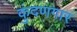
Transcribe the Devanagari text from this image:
कुंदणगार